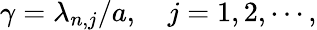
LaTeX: \gamma=\lambda_{n,j}/a,\quad j=1,2,\cdots,